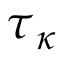
\boldsymbol { \tau } _ { \kappa }